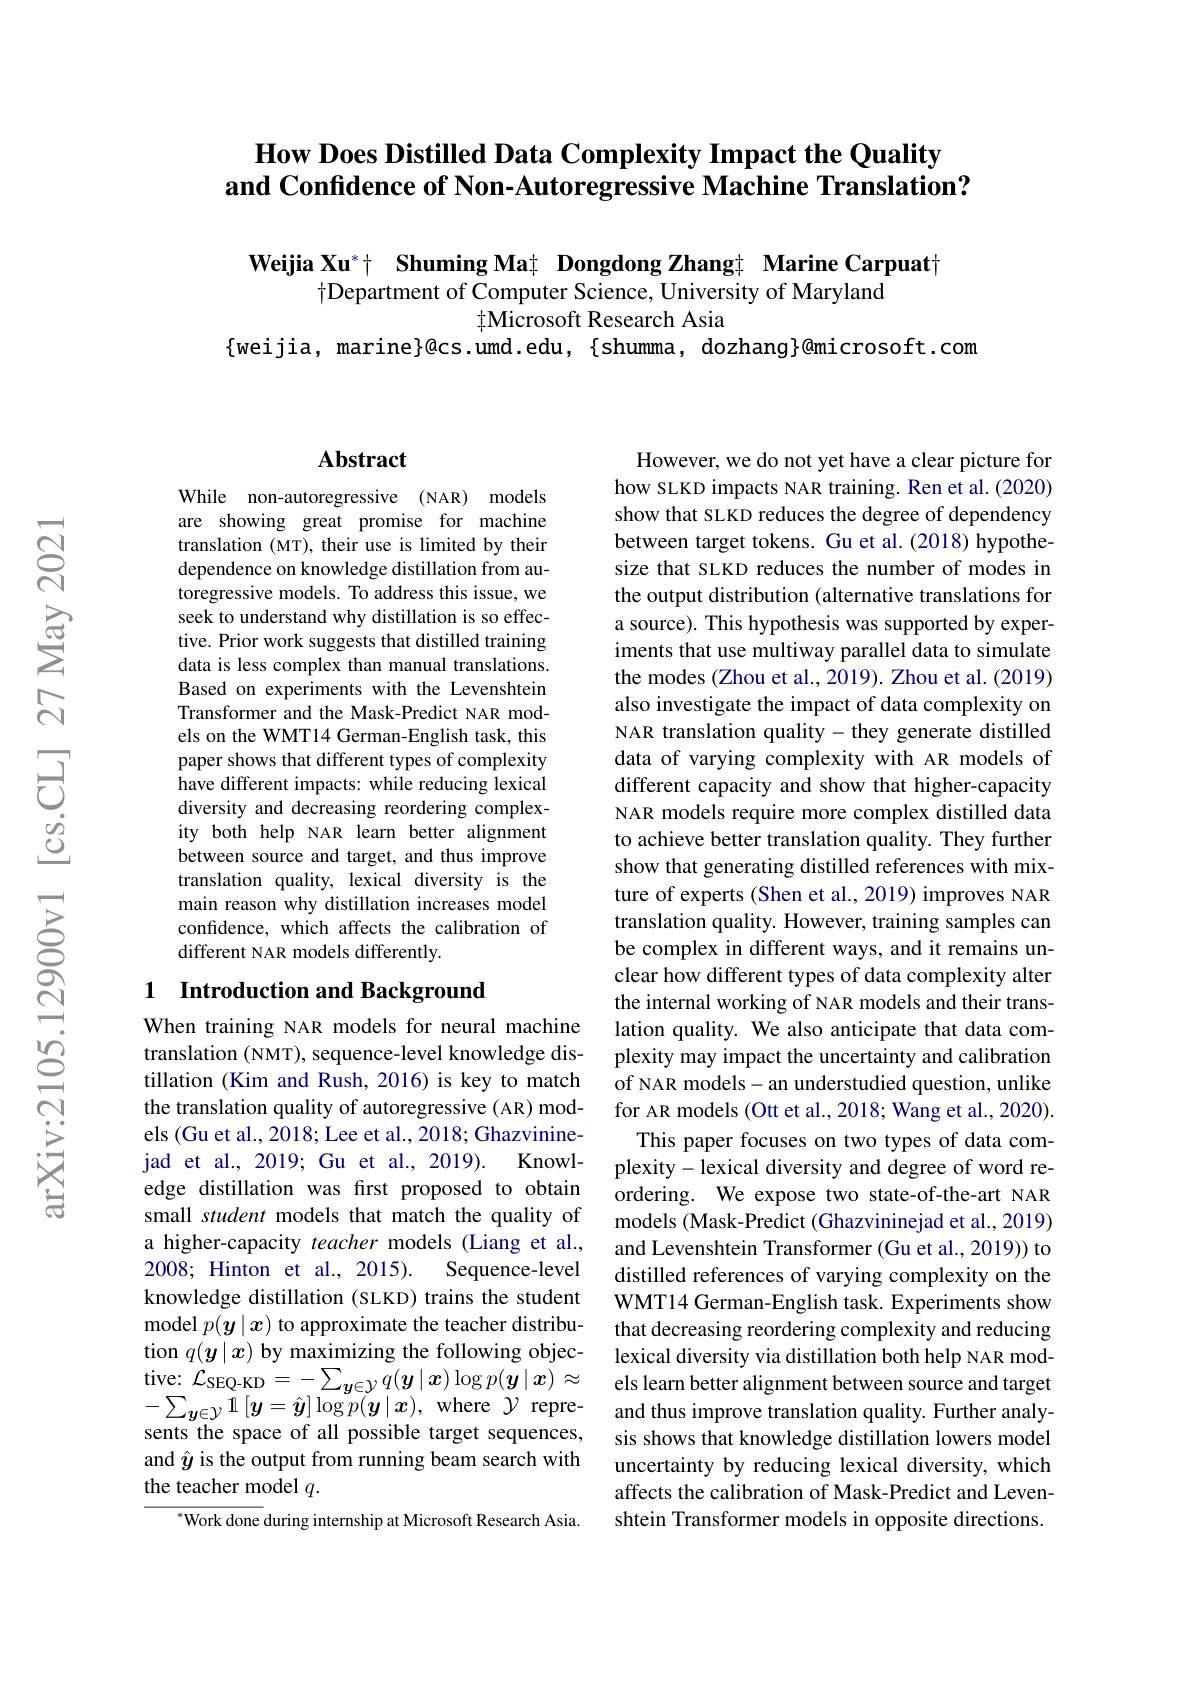
# How Does Distilled Data Complexity Impact the Quality and Confidence of Non-Autoregressive Machine Translation?

Weijia Xu$^* \dagger$ $\textbf{Shuming Ma}_{+ }$ Dongdong Zhang$_{+}$ Marine Carpuat|
$\dagger$Department of Computer Science, University of Maryland
$\ddagger$Microsoft Research Asia
$\{$weijia, marine$\}@$cs.umd.edu,{shumma, dozhang}@{microsoft.com}

### $\mathbf{Abstract}$

While non-autoregressive (NAR) models are showing great promise for machine translation (MT), their use is limited by their dependence on knowledge distillation from autoregressive models. To address this issue, we seek to understand why distillation is so effective. Prior work suggests that distilled training data is less complex than manual translations. Based on experiments with the Levenshtein Transformer and the Mask-Predict NAR models on the WMT14 German-English task, this paper shows that different types of complexity have different impacts: while reducing lexical diversity and decreasing reordering complexity both help NAR learn better alignment between source and target, and thus improve translation quality, lexical diversity is the main reason why distillation increases model confidence, which affects the calibration of different NAR models differently.

## 1 Introduction and Background

When training NAR models for neural machine translation (NMT), sequence-level knowledge distillation (Kim and Rush, 2016) is key to match the translation quality of autoregressive (AR) models (Gu et al., 2018; Lee et al., 2018; Ghazvinine-
Knowl-
jad et al., 2019; Gu et al., 2019).
edge distillation was first proposed to obtain small student models that match the quality of a higher-capacity teacher models (Liang et al., 2008; Hinton et al.,2015).
Sequence-level
knowledge distillation (SLKD) trains the student model $p(\boldsymbol y\mid\boldsymbol x)$ to approximate the teacher distribution $q(\boldsymbol{y}\mid\boldsymbol{x})$ by maximizing the following objec- $-\sum_{\boldsymbol{y}\in\mathcal{Y}}1\left[\boldsymbol{y}=\hat{\boldsymbol{y}}\right]\log p(\dot{\boldsymbol{y}}\mid\boldsymbol{x})$,where $\mathcal{Y}$ represents the space of all possible target sequences, and $\hat{y}$ is the output from running beam search with the teacher model $q.$
$^{*}$Work done during internship at Microsoft Research Asia.

However, we do not yet have a clear picture for how SLKD impacts NAR training. Ren et al.(2020) show that SLKD reduces the degree of dependency between target tokens. Gu et al.(2018) hypothesize that SLKD reduces the number of modes in the output distribution (alternative translations for a source). This hypothesis was supported by experiments that use multiway parallel data to simulate the modes (Zhou et al., 2019). Zhou et al. (2019) also investigate the impact of data complexity on NAR translation quality- they generate distilled data of varying complexity with AR models of different capacity and show that higher-capacity NAR models require more complex distilled data to achieve better translation quality. They further show that generating distilled references with mixture of experts (Shen et al., 2019) improves NAR translation quality. However, training samples can be complex in different ways, and it remains unclear how different types of data complexity alter the internal working of NAR models and their translation quality. We also anticipate that data complexity may impact the uncertainty and calibration of NAR models-an understudied question, unlike for AR models (Ott et al., 2018; Wang et al., 2020). This paper focuses on two types of data com-
plexity-lexical diversity and degree of word reordering. We expose two state-of-the-art NAR models (Mask-Predict (Ghazvininejad et al., 2019) and Levenshtein Transformer (Gu et al., 2019)) to distilled references of varying complexity on the WMT14 German-English task. Experiments show that decreasing reordering complexity and reducing lexical diversity via distillation both help NAR mod-
tive: $\mathcal{L} _{\mathrm{SEQ- KD}}= - \sum _{\boldsymbol{y}\in \mathcal{Y} }q( \boldsymbol{y}\mid \boldsymbol{x}) \log p( \boldsymbol{y}\mid \boldsymbol{x}) \approx$ els learn better alignment between source and target
and thus improve translation quality. Further analysis shows that knowledge distillation lowers model uncertainty by reducing lexical diversity, which affects the calibration of Mask-Predict and Levenshtein Transformer models in opposite directions.